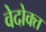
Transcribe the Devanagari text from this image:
वेदोक्‍त